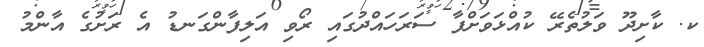
ކ. ކާށިދޫ ވަލުތެރޭ ކުއްޅަވަށްފާ ސަރަހައްދުގައި ރޯވި އަލިފާންގަނޑު އެ ރަށުގެ އާންމު